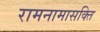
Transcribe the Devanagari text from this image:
रामनामासक्ति